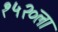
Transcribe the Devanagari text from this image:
१५२०ला